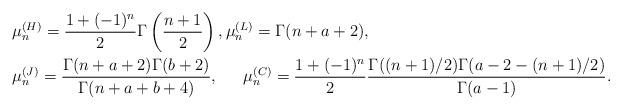
LaTeX: \begin{align*}&\mu_{n}^{(H)}=\frac{1+(-1)^{n}}{2}\Gamma\left(\frac{n+1}{2}\right),\mu_{n}^{(L)}=\Gamma(n+a+2),\\&\mu_{n}^{(J)}=\frac{\Gamma(n+a+2)\Gamma(b+2)}{\Gamma(n+a+b+4)},\quad\,\,\, \mu_{n}^{(C)}=\frac{1+(-1)^{n}}{2}\frac{\Gamma((n+1)/2)\Gamma(a-2-(n+1)/2)}{\Gamma(a-1)}.\end{align*}